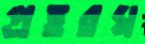
প্রত্তরঘ